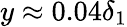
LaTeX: y\approx 0.04\delta_{1}